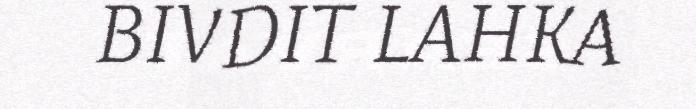
BIVDIT LAHKA